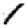
Digit: 1